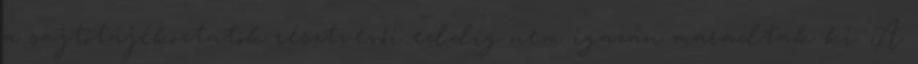
a sajtótájékoztatók résztvevői eddig nem igazán maradtak ki. A